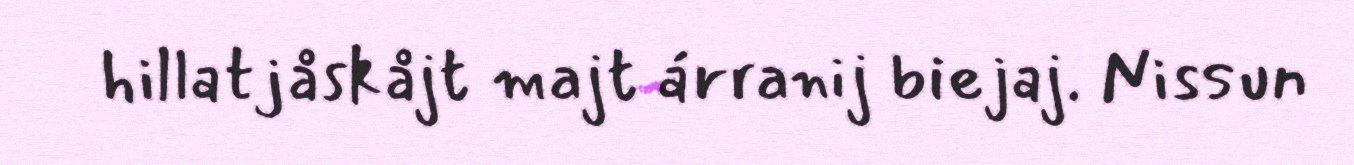
hillatjåskåjt majt árranij biejaj. Nissun